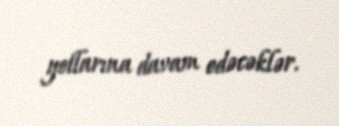
yollarına davam edəcəklər.